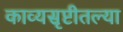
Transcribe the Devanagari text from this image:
काव्यसृष्टीतल्या